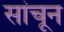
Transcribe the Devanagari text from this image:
सांचून